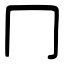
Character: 冂